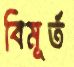
বিমূর্ত